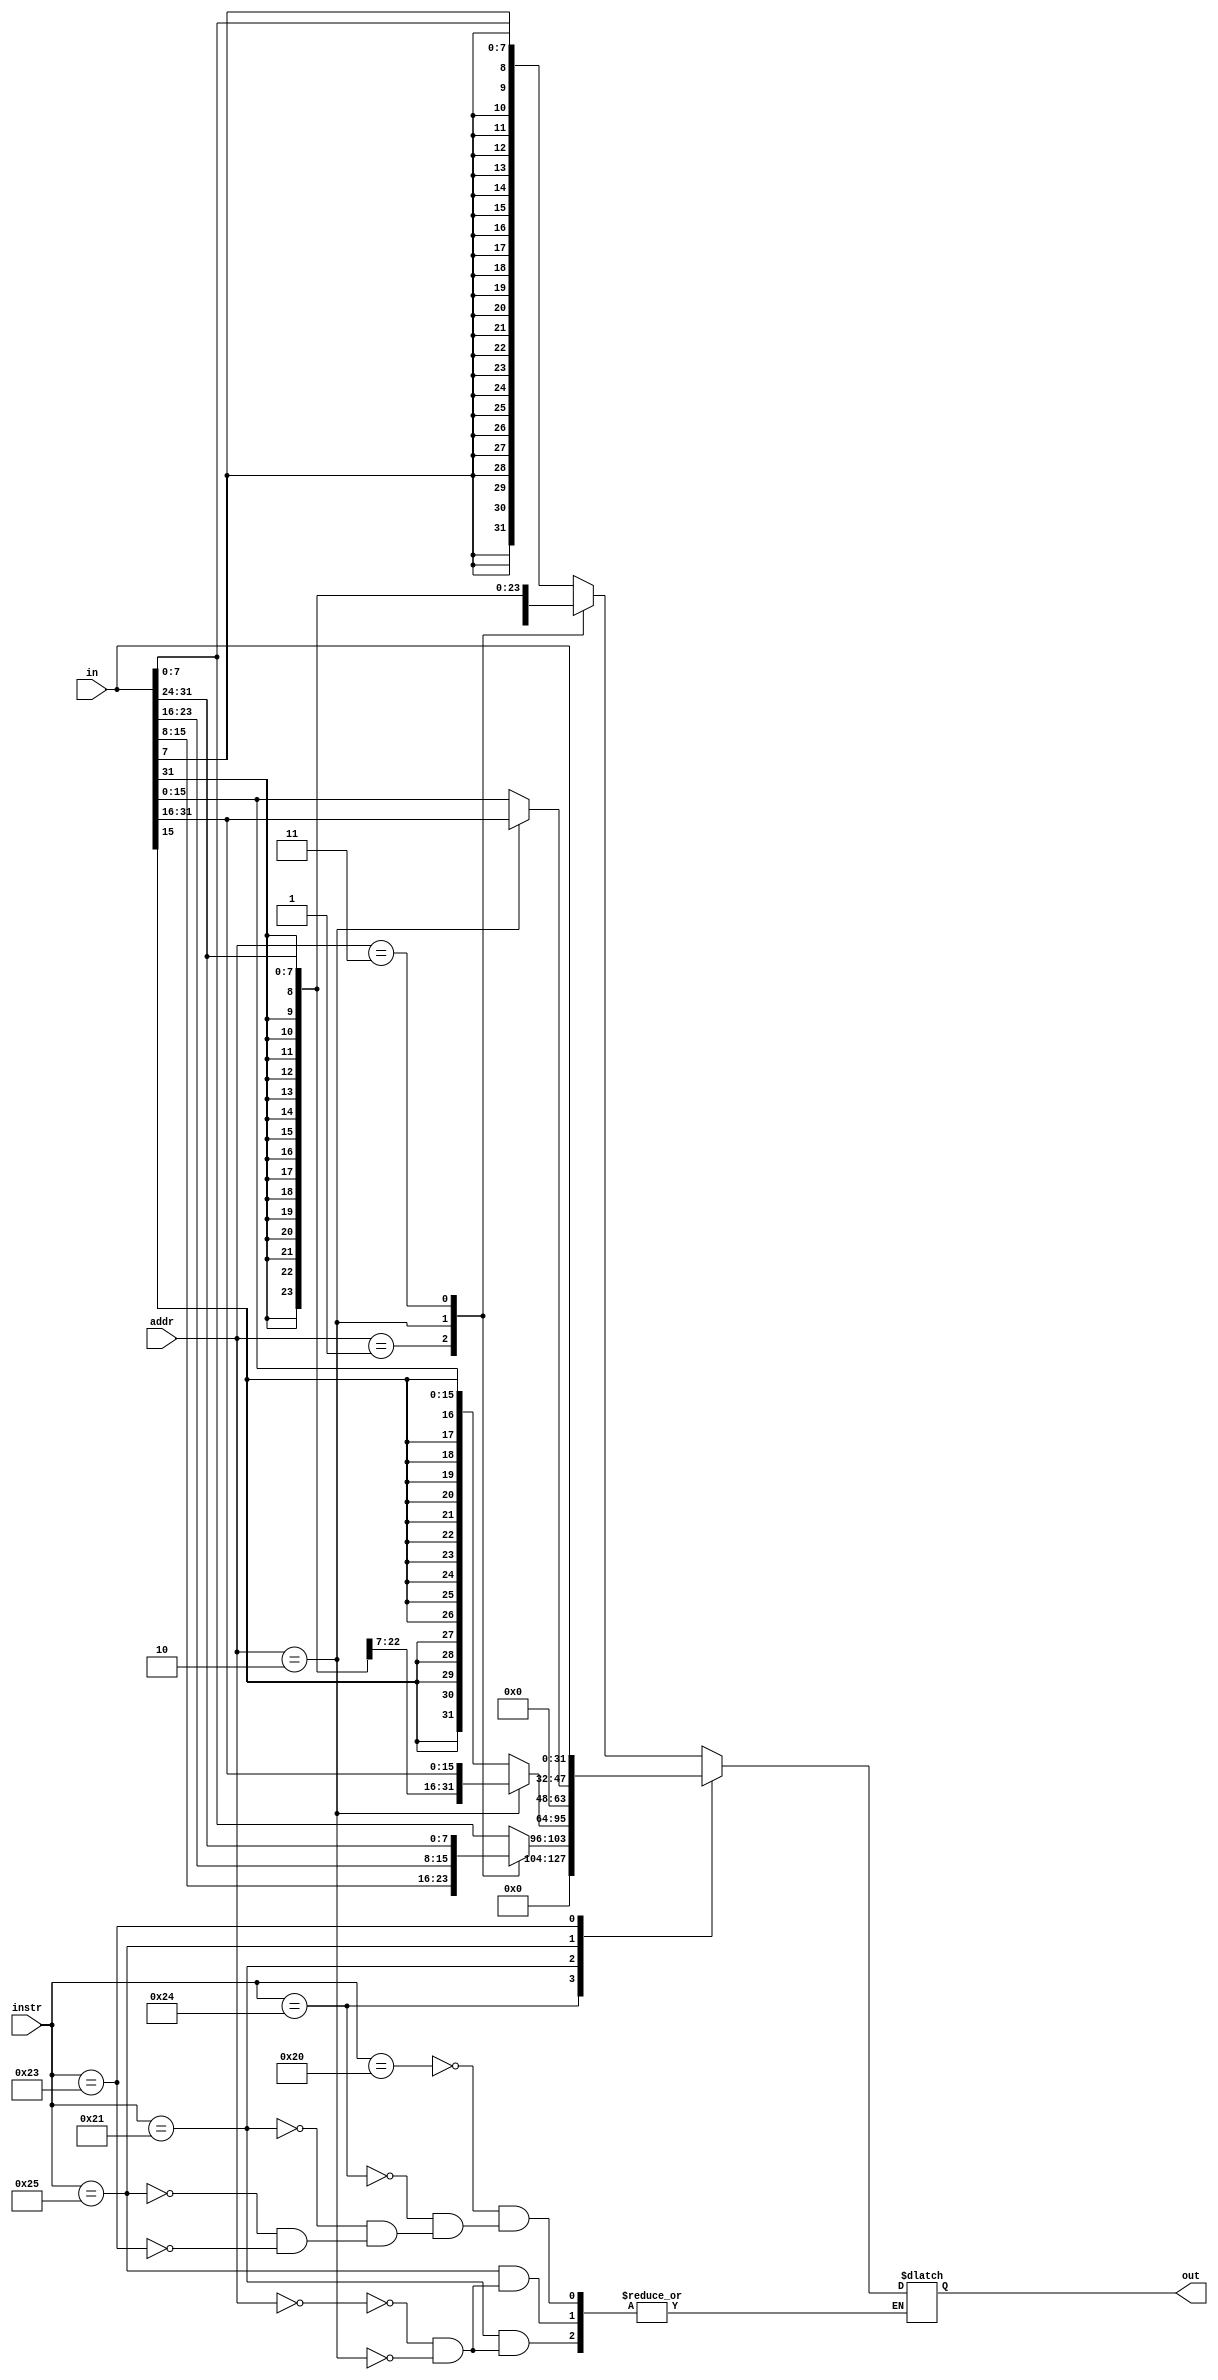
module LHandle(instr,addr,in,out);
    input [5:0]instr;
    input [1:0]addr;
    input [31:0]in;
    output reg [31:0]out;

    always@(*)
    begin
        case(instr)
            6'h20:case(addr)
                    2'b00:out<={{24{in[7]}},in[7:0]};
                    2'b01:out<={{24{in[15]}},in[15:8]};
                    2'b10:out<={{24{in[23]}},in[23:16]};
                    2'b11:out<={{24{in[31]}},in[31:24]};
                    endcase
            6'h24:case(addr)
                    2'b00:out<={24'b0,in[7:0]};
                    2'b01:out<={24'b0,in[15:8]};
                    2'b10:out<={24'b0,in[23:16]};
                    2'b11:out<={24'b0,in[31:24]};
                    endcase
            6'h21:case(addr)
                    2'b00:out<={{16{in[15]}},in[15:0]};
                    2'b10:out<={{16{in[31]}},in[31:16]};
                    endcase
            6'h25:case(addr)
                    2'b00:out<={16'b0,in[15:0]};
                    2'b10:out<={16'b0,in[31:16]};
                    endcase
            6'h23:out<=in;
        endcase
    end
endmodule